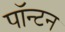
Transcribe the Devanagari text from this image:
पॉन्टन